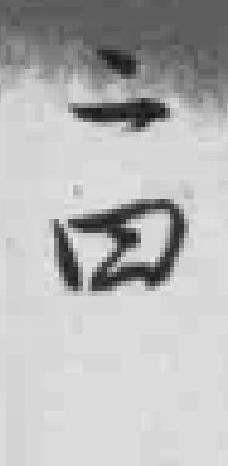
二四